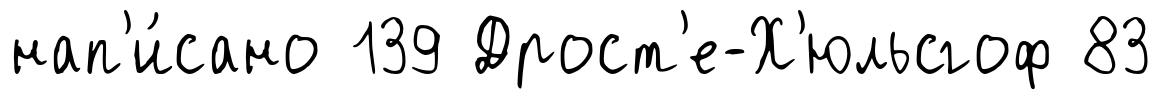
нап'и́сано 139 Дрост'е-Х'юльсгоф 83